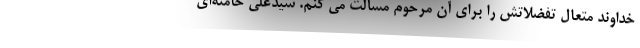
خداوند متعال تفضلاتش را برای آن مرحوم مسألت می کنم. سیّدعلی خامنه‌ای